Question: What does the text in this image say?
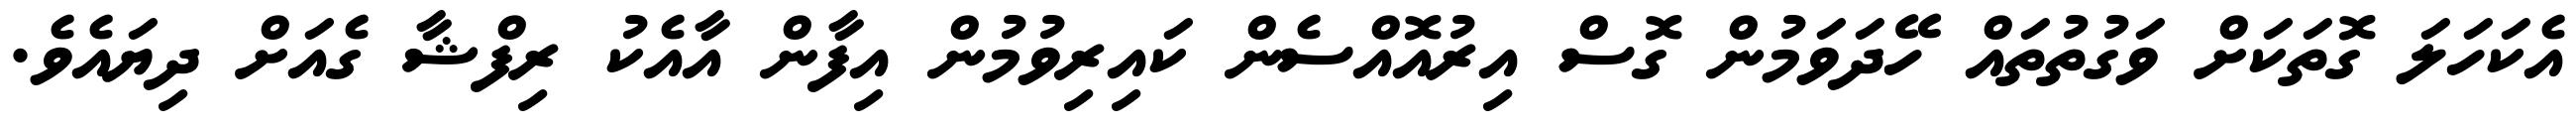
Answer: އެކަހަލަ ގޮތަކަށް ވަގުތުތައް ހޭދަވަމުން ގޮސް އިރުއޮއްސެން ކައިރިވުމުން އިފާން އާއެކު ރިފްޝާ ގެއަށް ދިޔައެވެ.